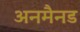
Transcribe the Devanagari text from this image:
अनमैनड